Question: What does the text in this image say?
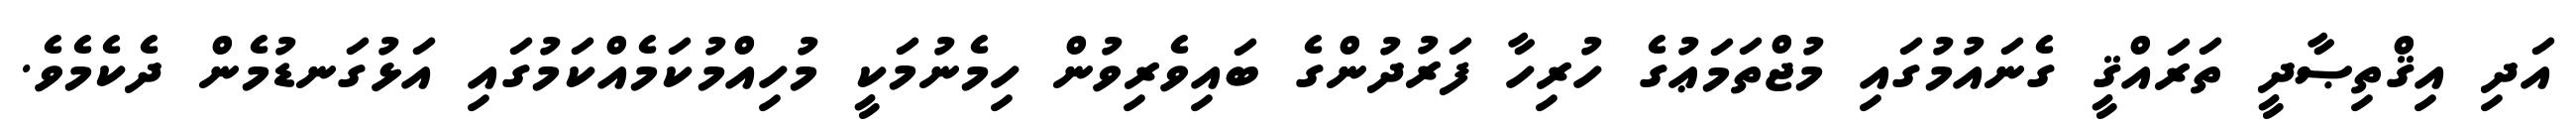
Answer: އަދި އިޤްތިޞާދީ ތަރައްޤީ ގެނައުމުގައި މުޖްތަމަޢުގެ ހުރިހާ ފަރުދުންގެ ބައިވެރިވުން ހިމެނުމަކީ މުހިއްމުކަމެއްކަމުގައި އަޅުގަނޑުމެން ދެކެމެވެ.